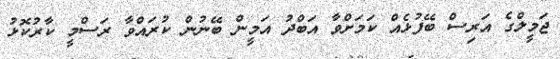
ޖަމީލްގެ އަރިސް ބޭފުޅެއް ކަމަށްވާ އަބްދު އަމީން ބޭނުން ކުރައްވާ ރަސްމީ ކާރުކޮޅު